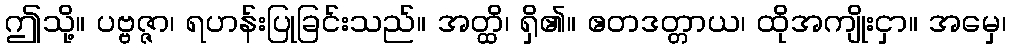
ဤသို့။ ပဗ္ဗဇ္ဇာ၊ ရဟန်းပြုခြင်းသည်။ အတ္ထိ၊ ရှိ၏။ ဧတဒတ္တာယ၊ ထိုအကျိုးငှာ။ အမှေ၊